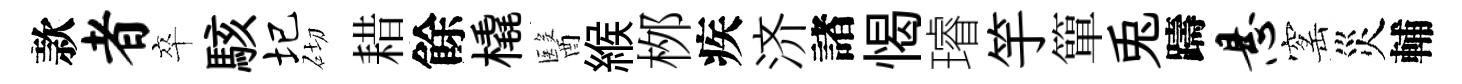
款者卒駭圮砌耤餘橇醫緱桞疾济諸愒璿竽簞兎躊悬窰災輔